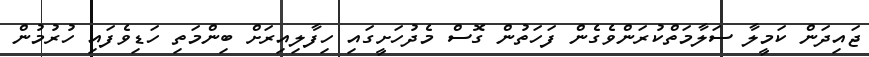
ޖައިދަން ކަމީލާ ސަލާމަތްކުރަންވެގެން ފަހަތުން ގޮސް މެދުހަށީގައި ހިފާލިއިރަށް ބިންމަތި ހަޑިވެފައި ހުރުމުން